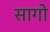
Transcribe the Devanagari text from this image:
सागो